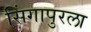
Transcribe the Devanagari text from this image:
सिंगापुरला